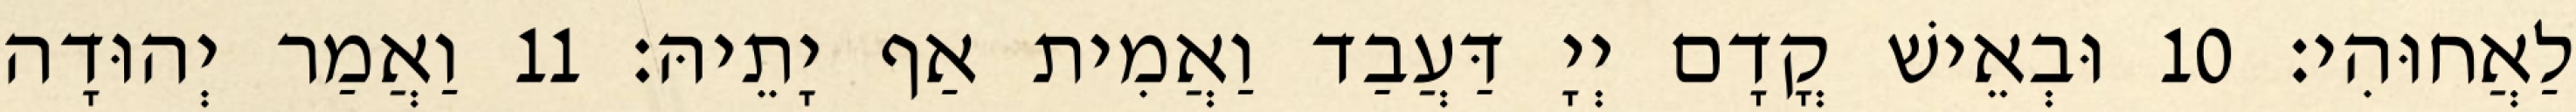
לַאֲחוּהִי׃ 10 וּבְאֵישׁ קֳדָם יְיָ דַּעֲבַד וַאֲמִית אַף יָתֵיהּ׃ 11 וַאֲמַר יְהוּדָה